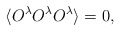
\begin{align*}\langle O^\lambda O^\lambda O^\lambda\rangle=0,\end{align*}